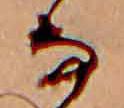
な